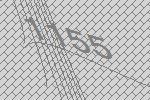
1155